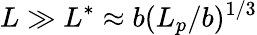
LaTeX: L\gg L^{*}\approx b(L_{p}/b)^{1/3}